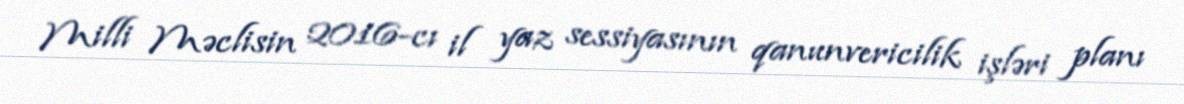
Milli Məclisin 2016-cı il yaz sessiyasının qanunvericilik işləri planı